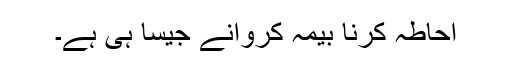
احاطہ کرنا بیمہ کروانے جیسا ہی ہے۔